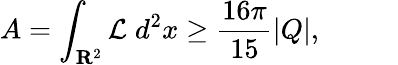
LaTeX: A=\int_{{\mathbf R}^{2}}{\cal L}\; d^{2}x\geq\frac{16\pi}{15}|Q|,\; \; \; \; \; \; \; \; \; \;